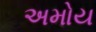
અમોય